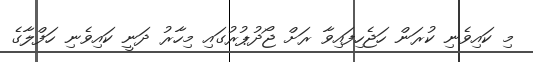
މި ކައިވެނި ކުރަން ހަަޖެހިފައިވާ ރަށް ޖޯދުޕުރުގައި މިހާރު ދަނީ ކައިވެނި ހަފްލާގެ